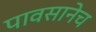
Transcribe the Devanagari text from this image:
पावसानेच